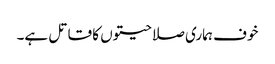
خوف ہماری صلاحیتوں کا قاتل ہے۔